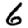
Digit: 6